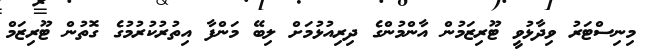
މިނިސްޓަރު ވިދާޅުވީ ޓޫރިޒަމުން އާންމުންގެ ދިރިއުޅުމަށް ލިބޭ މަންފާ އިތުރުކުރުމުގެ ގޮތުން ޓޫރިޒަމް